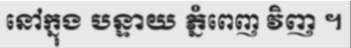
នៅក្នុង បន្ទាយ ភ្នំពេញ វិញ ។